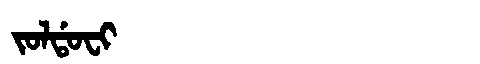
Manchu: ᠵᠣᠯᡩᠣᠸᡳ
Romanization: JOLDOFI